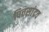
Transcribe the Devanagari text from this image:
पित्तसांद्रव